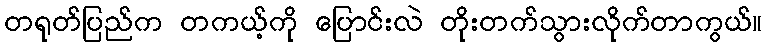
တရုတ်ပြည်က တကယ့်ကို ပြောင်းလဲ တိုးတက်သွားလိုက်တာကွယ်။